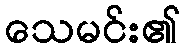
သေမင်း၏